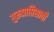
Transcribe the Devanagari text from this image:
गुरुप्राप्तिसाठी